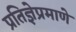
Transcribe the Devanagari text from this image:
प्रतिज्ञेप्रमाणे